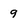
Character: 9